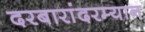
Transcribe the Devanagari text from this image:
दरबारांदरम्यान